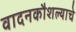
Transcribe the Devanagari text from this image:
वादनकौशल्याचे